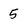
Character: 5